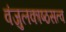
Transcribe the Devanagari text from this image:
वंजुलकाष्ठसत्व